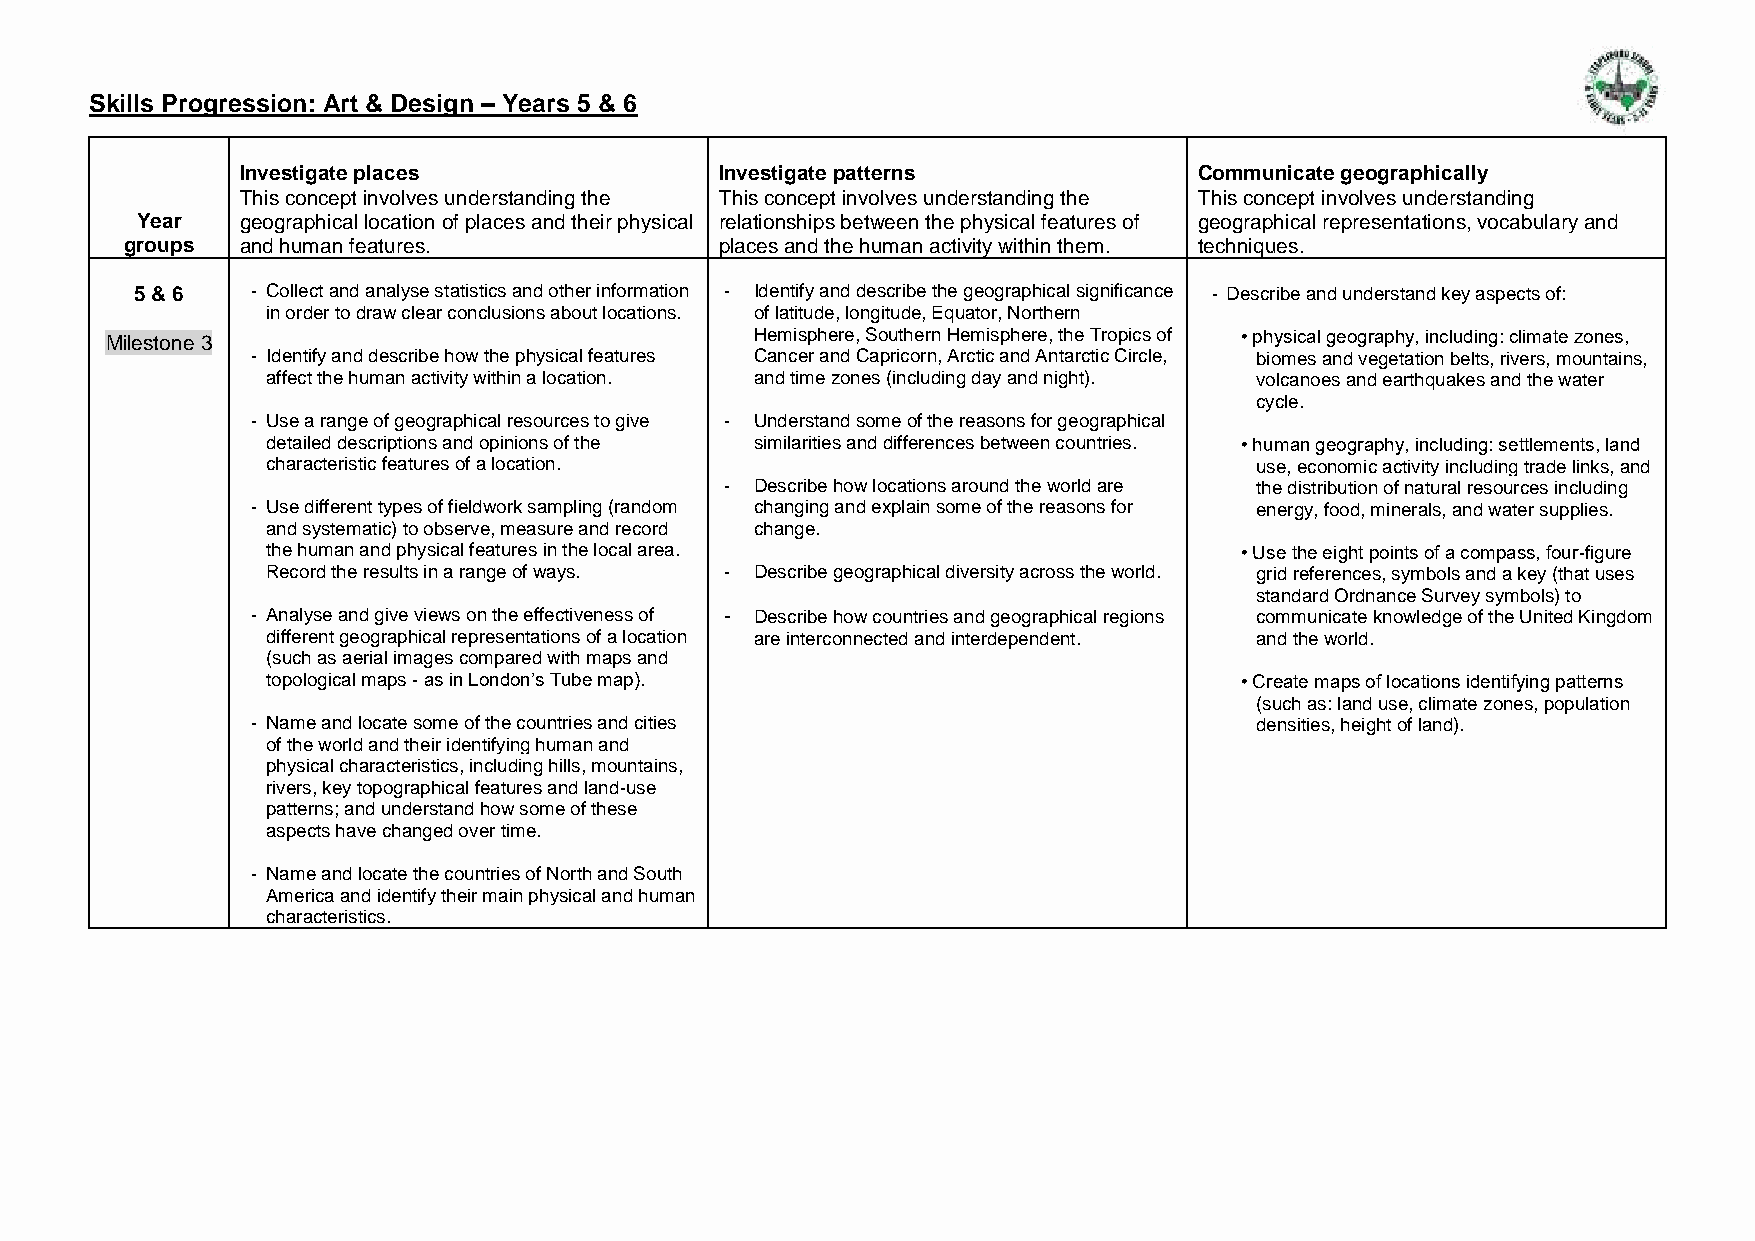
Skills Progression: Art & Design – Years 5 & 6
 Investigate places              Investigate patterns           Communicate geographically
 This concept involves understanding the This concept involves understanding the This concept involves understanding
 Year   geographical location of places and their physical relationships between the physical features of geographical representations, vocabulary and
 groups  and human features.             places and the human activity within them. techniques.
 5 & 6   - Collect and analyse statistics and other information - Identify and describe the geographical significance - Describe and understand key aspects of:
 in order to draw clear conclusions about locations. of latitude, longitude, Equator, Northern
 Milestone 3                                Hemisphere, Southern Hemisphere, the Tropics of • physical geography, including: climate zones,
 - Identify and describe how the physical features Cancer and Capricorn, Arctic and Antarctic Circle, biomes and vegetation belts, rivers, mountains,
 affect the human activity within a location. and time zones (including day and night). volcanoes and earthquakes and the water
 cycle.
 - Use a range of geographical resources to give - Understand some of the reasons for geographical
 detailed descriptions and opinions of the similarities and differences between countries. • human geography, including: settlements, land
 characteristic features of a location.                           use, economic activity including trade links, and
 - Describe how locations around the world are the distribution of natural resources including
 - Use different types of fieldwork sampling (random changing and explain some of the reasons for energy, food, minerals, and water supplies.
 and systematic) to observe, measure and record change.
 the human and physical features in the local area.              • Use the eight points of a compass, four-figure
 Record the results in a range of ways. - Describe geographical diversity across the world. grid references, symbols and a key (that uses
 standard Ordnance Survey symbols) to
 - Analyse and give views on the effectiveness of - Describe how countries and geographical regions communicate knowledge of the United Kingdom
 different geographical representations of a location are interconnected and interdependent. and the world.
 (such as aerial images compared with maps and
 topological maps - as in London’s Tube map).                    • Create maps of locations identifying patterns
 (such as: land use, climate zones, population
 - Name and locate some of the countries and cities                densities, height of land).
 of the world and their identifying human and
 physical characteristics, including hills, mountains,
 rivers, key topographical features and land-use
 patterns; and understand how some of these
 aspects have changed over time.
 - Name and locate the countries of North and South
 America and identify their main physical and human
 characteristics.